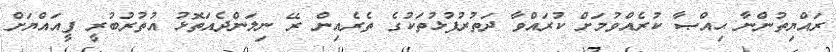
ރައްޔިތުންނާ ޙިއްޞާ ކުރެއްވުމަށް ކުރައްވާ ދަތުރުފުޅުތަކުގެ ތެރެއިން ރޭ ނިލަންދެއަތޮޅު އުތުރުބުރީ ފީއައްޔަށް